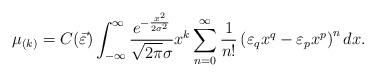
LaTeX: \begin{align*}\mu_{(k)}=C(\vec{\varepsilon})\int_{-\infty}^{\infty}\frac{e^{-\frac{x^{2}}{2\sigma^{2}}}}{\sqrt{2 \pi}\sigma} x^{k}\sum_{n=0}^{\infty} \frac{1}{n!} \left(\varepsilon_{q}x^{q}-\varepsilon_{p}x^{p} \right)^{n}dx.\end{align*}